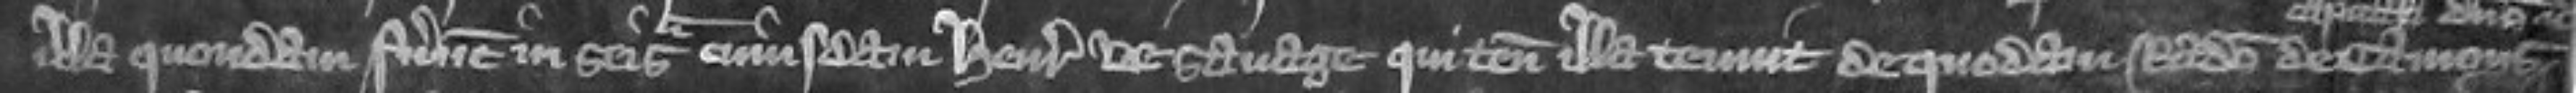
illa quondam fuerunt in seisina cuiusdam Henrici de Savage qui tenementa illa tenuit de quodam Radulpho de Camoys